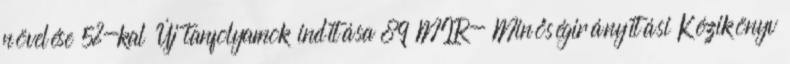
növelése 5%-kal Új tanfolyamok indítása 89 MIR- Minőségirányítási Kézikönyv